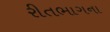
રીતભાગના